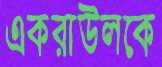
একরাউলকে